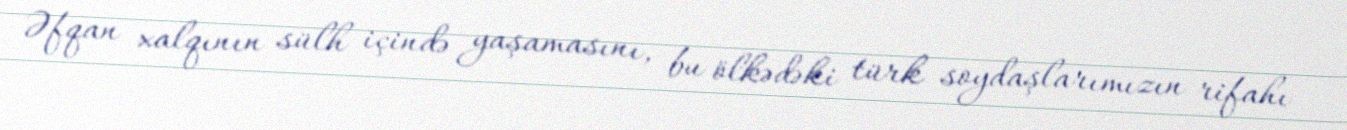
Əfqan xalqının sülh içində yaşamasını, bu ölkədəki türk soydaşlarımızın rifahı